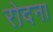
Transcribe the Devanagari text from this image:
रोदना